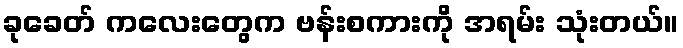
ခုခေတ် ကလေးတွေက ဗန်းစကားကို အရမ်း သုံးတယ်။